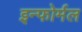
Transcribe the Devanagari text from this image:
इन्फोर्मल